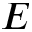
E